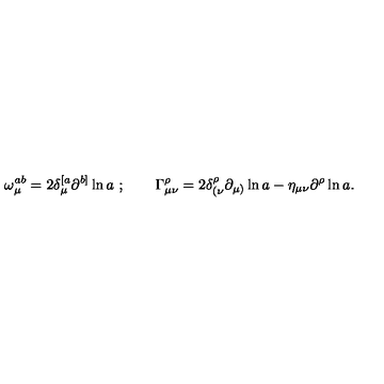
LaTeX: \omega _ { \mu } ^ { a b } = 2 \delta _ { \mu } ^ { [ a } \partial ^ { b ] } \ln a \ ; \qquad \Gamma _ { \mu \nu } ^ { \rho } = 2 \delta _ { ( \nu } ^ { \rho } \partial _ { \mu ) } \ln a - \eta _ { \mu \nu } \partial ^ { \rho } \ln a .